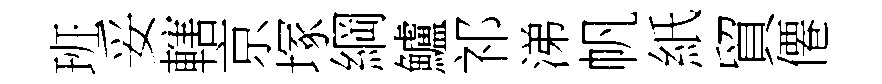
班妥轄京塚綱鱸祁涕帆紙貿僊